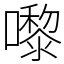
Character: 嚟